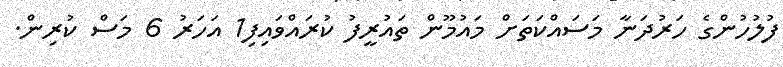
ފުލުހުންގެ ހަރުދަނާ މަސައްކަތަށް މައުމޫން ތައުރީފު ކުރައްވައިފި1 އަހަރު 6 މަސް ކުރިން.